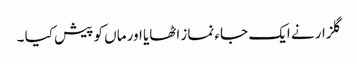
گلزار نے ایک جاء نماز اٹھایا اور ماں کو پیش کیا ۔